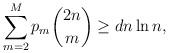
LaTeX: \begin{align*} \sum\limits_{m=2}^M p_m \binom{2n}{m} \geq {dn\ln n}, \end{align*}